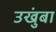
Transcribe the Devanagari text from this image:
उखुंबा